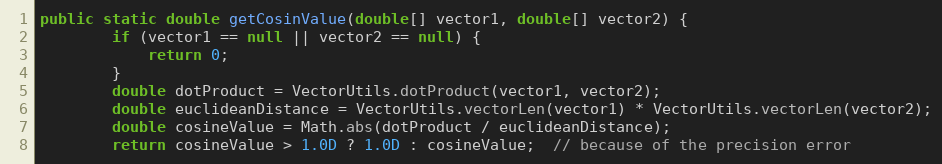
Language: Java
public static double getCosinValue(double[] vector1, double[] vector2) {
        if (vector1 == null || vector2 == null) {
            return 0;
        }
        double dotProduct = VectorUtils.dotProduct(vector1, vector2);
        double euclideanDistance = VectorUtils.vectorLen(vector1) * VectorUtils.vectorLen(vector2);
        double cosineValue = Math.abs(dotProduct / euclideanDistance);
        return cosineValue > 1.0D ? 1.0D : cosineValue;  // because of the precision error